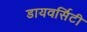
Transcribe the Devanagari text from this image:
डायवर्सिटी